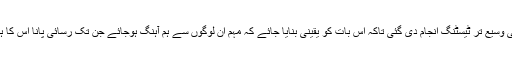
پیغام کی وسیع تر ٹیسٹنگ انجام دی گئی تاکہ اس بات کو یقینی بنایا جائے کہ مہم ان لوگوں سے ہم آہنگ ہوجائے جن تک رسائی پانا اس کا ہدف تھا۔